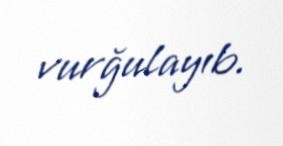
vurğulayıb.